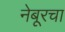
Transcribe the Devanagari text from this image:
नेबूरचा